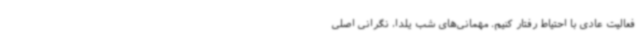
فعالیت عادی با احتیاط رفتار کنیم. مهمانی‌های شب یلدا، نگرانی اصلی